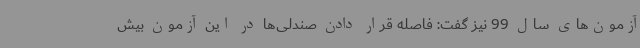
آزمون‌های سال 99 نیز گفت: فاصله قرار دادن صندلی‌ها در این آزمون بیش